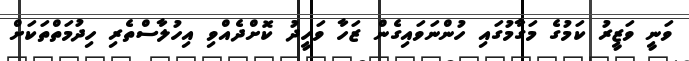
ވަނީ ވަޒީރު ކަމުގެ މަގާމުގައި ހުންނަވައިގެން ޒަހާ ވަހީދު ކޮށްދެއްވި އިހުލާސްތެރި ހިދުމަތްތަކަށް